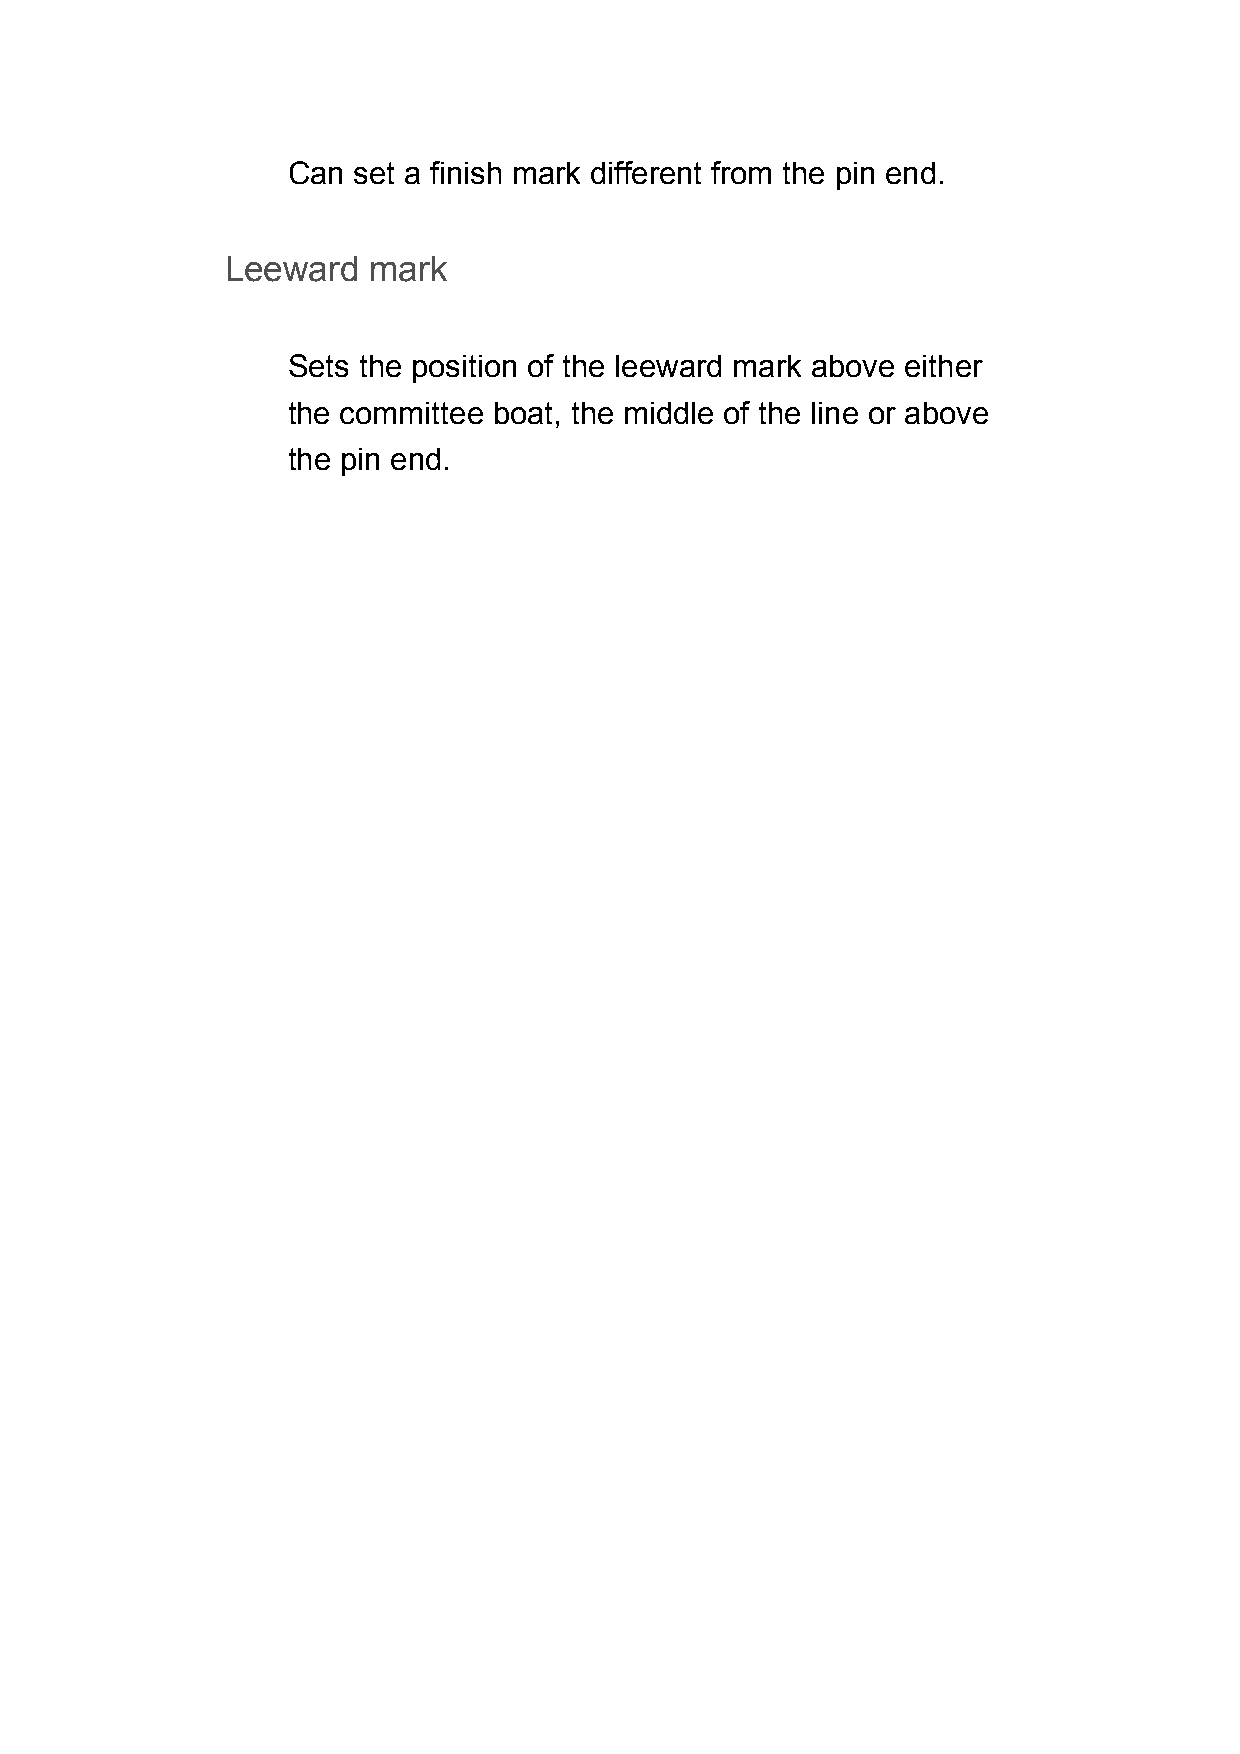
Can set a finish mark different from the pin end.
 Leeward  mark
 Sets the position of the leeward mark above either
 the committee boat, the middle of the line or above
 the pin end.